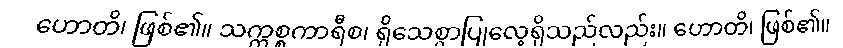
ဟောတိ၊ ဖြစ်၏။ သက္ကစ္စကာရီစ၊ ရိုသေစွာပြုလေ့ရှိသည်လည်း။ ဟောတိ၊ ဖြစ်၏။